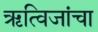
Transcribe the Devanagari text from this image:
ऋत्विजांचा